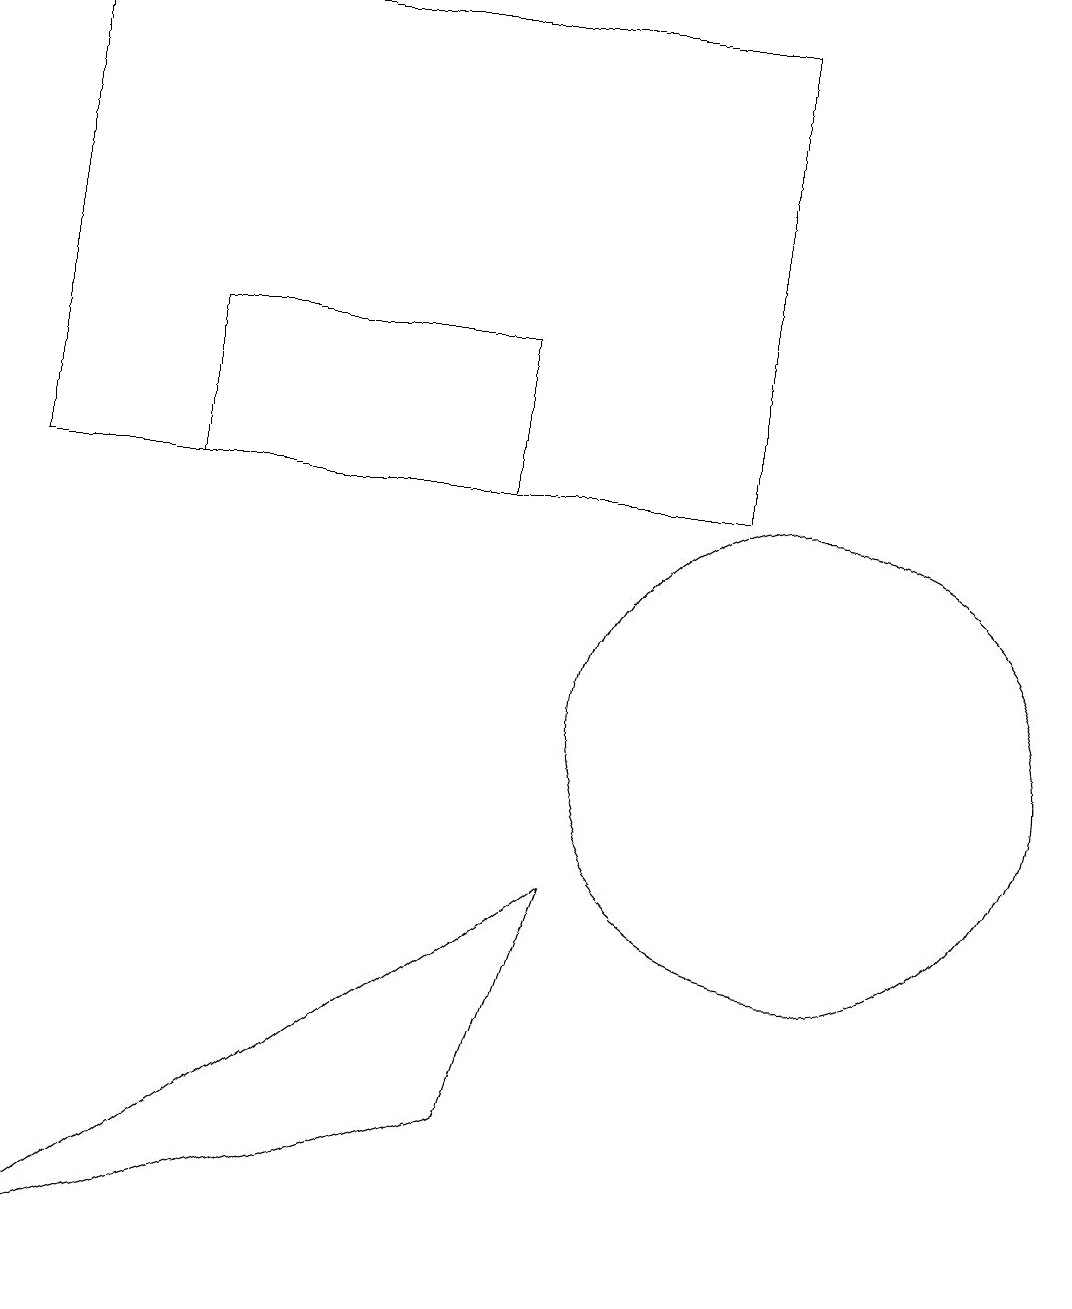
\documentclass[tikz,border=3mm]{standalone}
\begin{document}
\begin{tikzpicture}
\draw (6,5) -- (7,8) -- (0,3) -- cycle;
\draw (2,13) rectangle (6,15);
\draw (10,10) circle (3);
\draw (0,19) rectangle (9,13);
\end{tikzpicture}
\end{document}